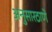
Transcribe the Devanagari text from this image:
अनुसारठाणे